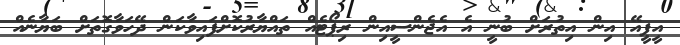
އީޕީއޭ އިން އިތުރަށް ބުނީ އެ އެޖެންސީއިން ރިޕޯޓެއް ތައްޔާރުކޮށްފައިވާކަން ދޭހަވާގޮތަށް ބަޔާނެއް